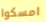
امسكوا